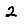
Digit: 2